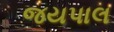
જયપાલ